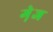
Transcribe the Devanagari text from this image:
गे़ज